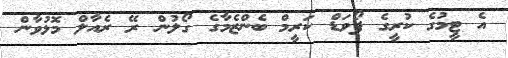
އެ ޓީމުގެ ކުރީގެ ފޯވަޑް ކަރީމް ބެންޒެމާގެ ގޯލުން ރޭ ރެއާލް މޮޅުވާން